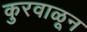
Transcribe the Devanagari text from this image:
कुरवाळून